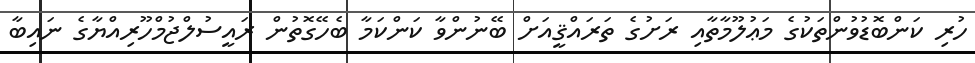
ހުރި ކަންބޮޑުވުންތަކުގެ މަޢުލޫމާތާއި ރަށުގެ ތަރައްޤީއަށް ބޭނުންވާ ކަންކަމާ ބެހޭގޮތުން ރައީސުލްޖުމްހޫރިއްޔާގެ ނައިބާ